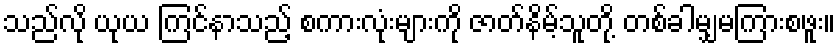
သည်လို ယုယ ကြင်နာသည့် စကားလုံးများကို ဇာတ်နိမ့်သူတို့ တစ်ခါမျှမကြားစဖူး။